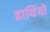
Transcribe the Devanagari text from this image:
हाथिंयो